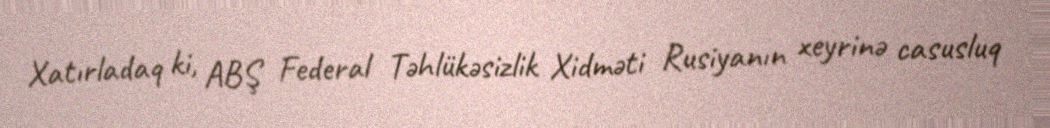
Xatırladaq ki, ABŞ Federal Təhlükəsizlik Xidməti Rusiyanın xeyrinə casusluq